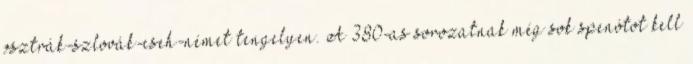
osztrák-szlovák-cseh-német tengelyen. A 380-as sorozatnak még sok spenótot kell